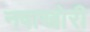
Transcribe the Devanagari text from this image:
नषाखोरी